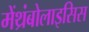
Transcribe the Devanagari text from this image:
मेंथ्रंबोलाइसिस